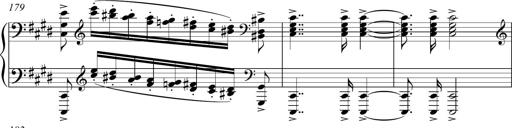
Title: Funeral March and Sonatina
Composer: Thomas Hellemans
Key: C-sharp minor